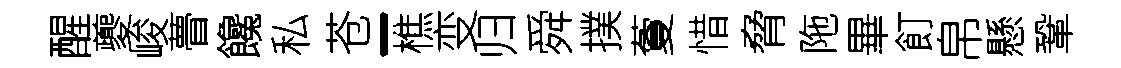
醒夔峻瞢饞私苍-樵变归舜撲藑惜脅陁畢飣帛懸鞏